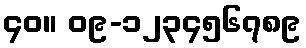
၄၀။ ၀၉-၁၂၃၄၅၆၇၈၉